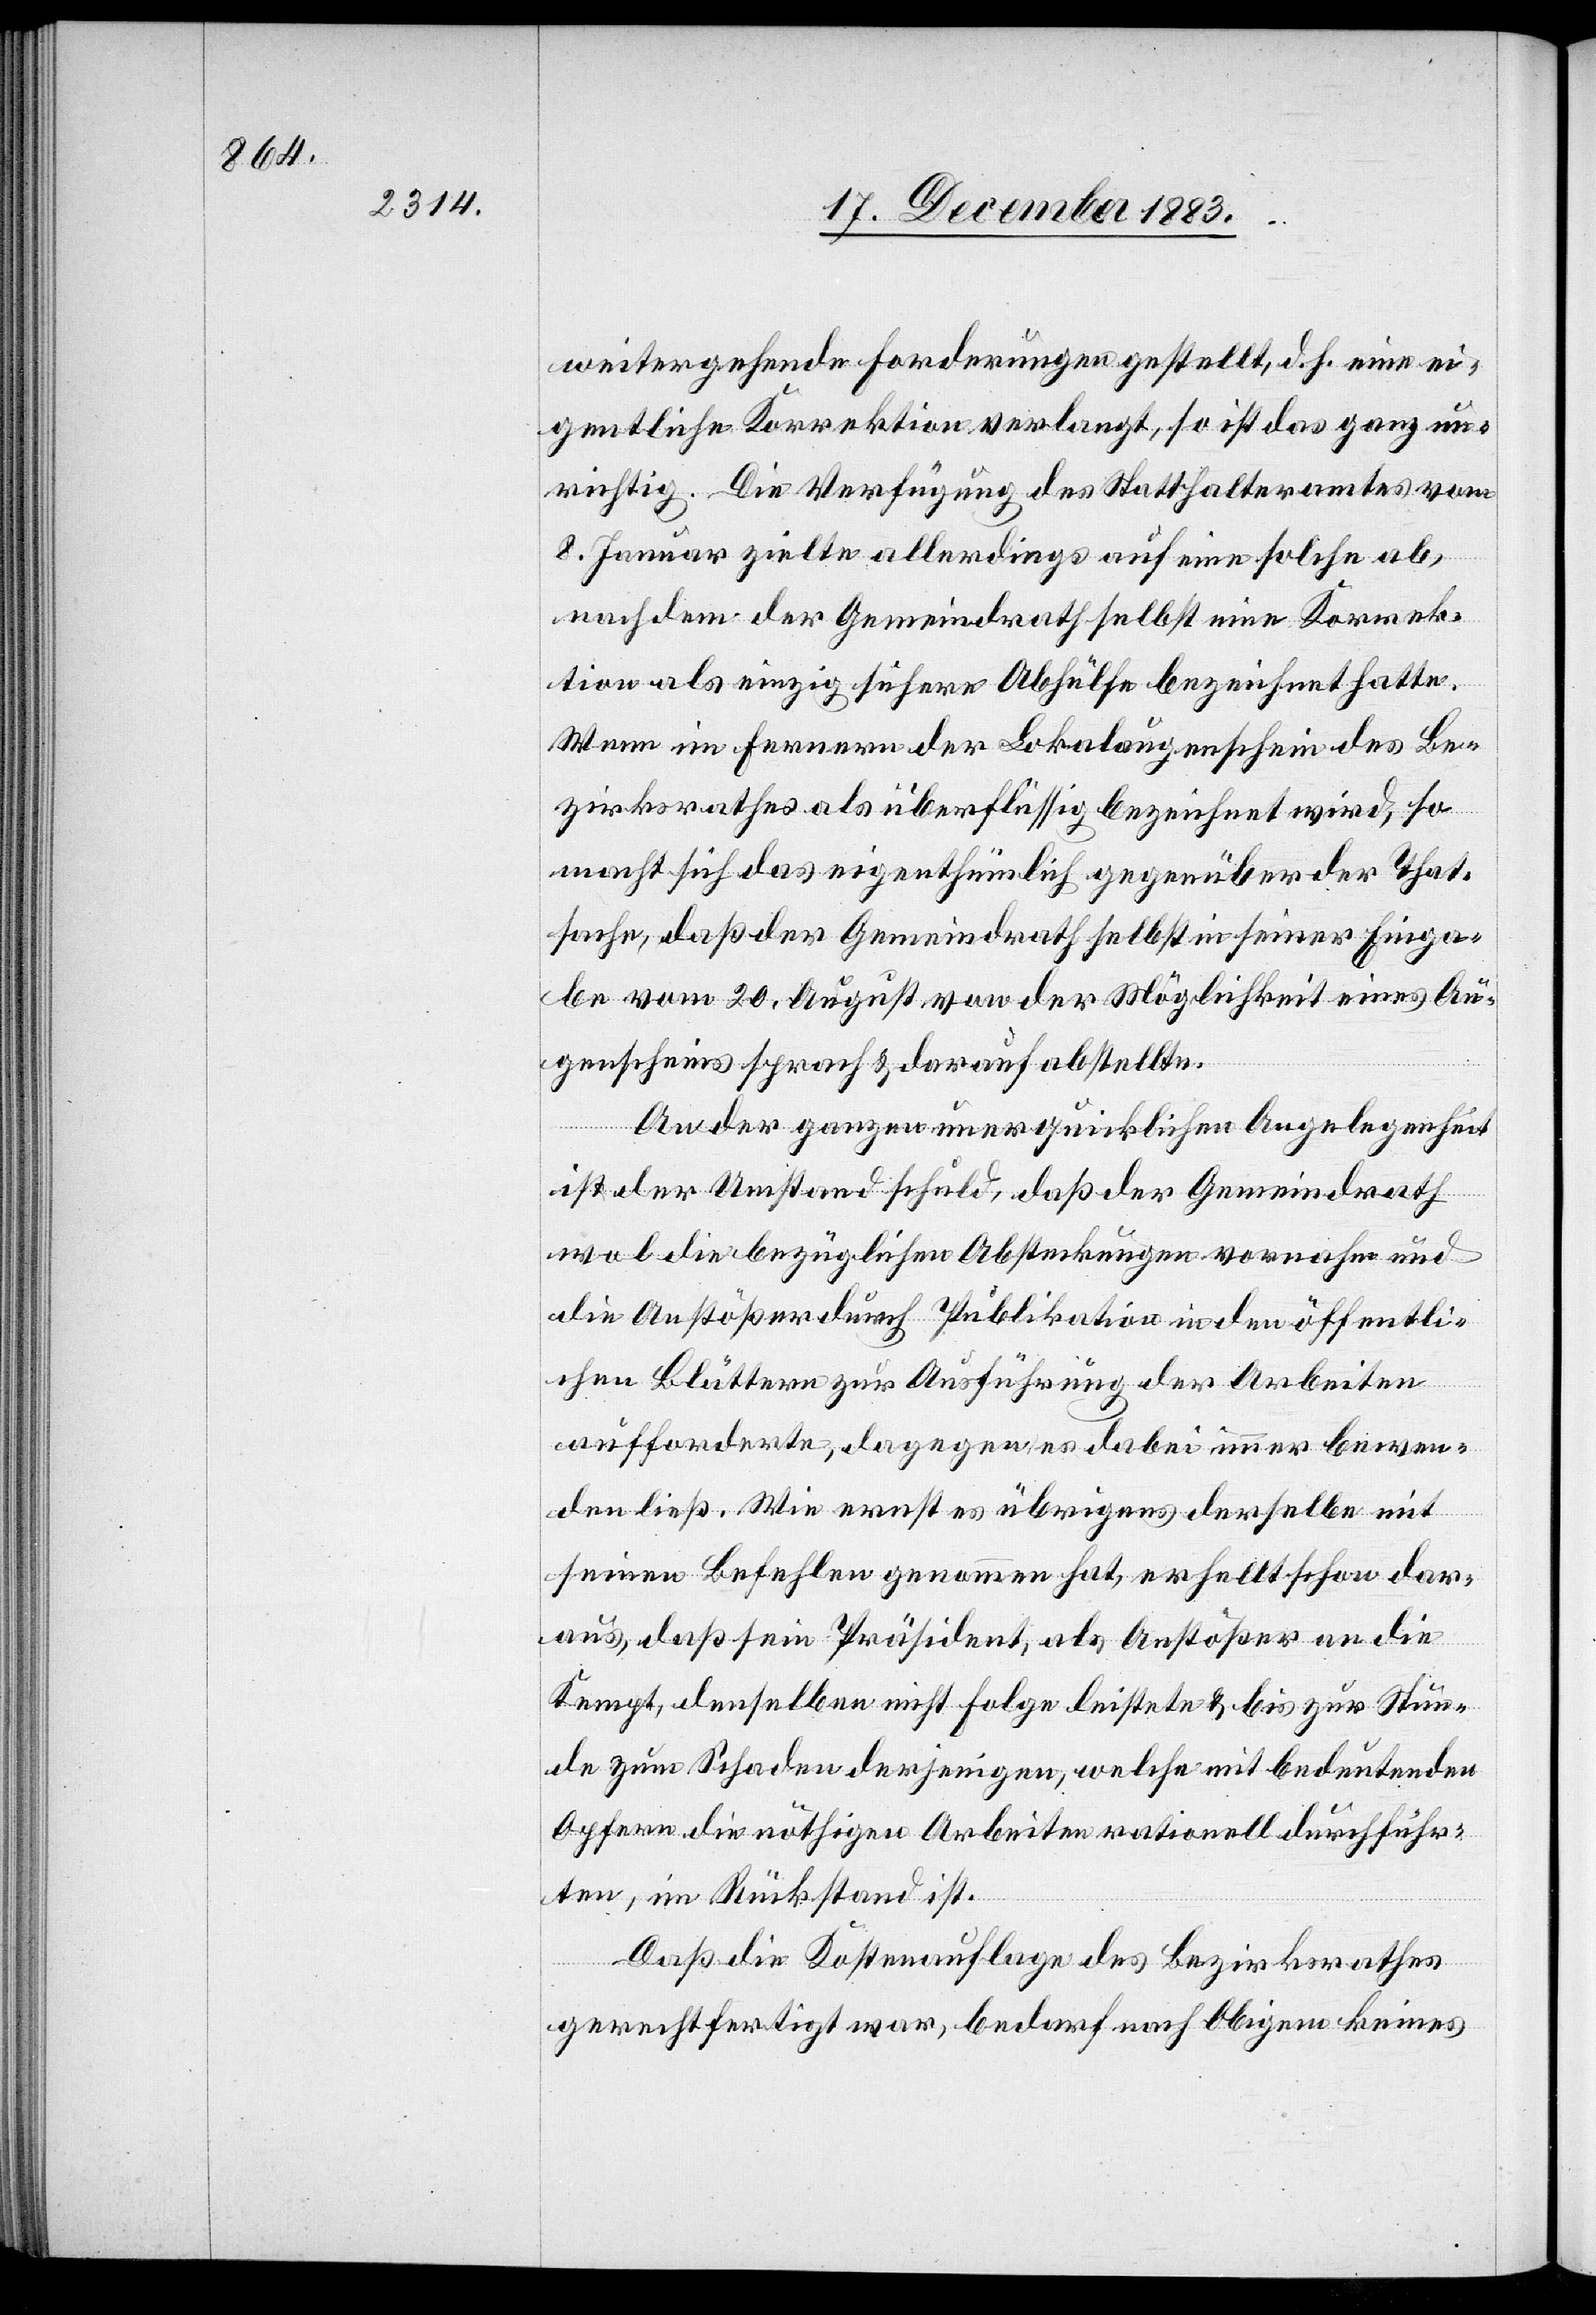
weitergehende Forderungen gestellt, d. h. eine ei¬
gentliche Korrektion verlangt, so ist das ganz un¬
richtig. Die Verfügung des Statthalteramtes vom
8. Januar zielte allerdings auf eine solche ab,
nachdem der Gemeindrath selbst eine Korrek¬
tion als einzig sichere Abhülfe bezeichnet hatte.
Wenn im Fernern der Lokalaugenschein des Be¬
zirksrathes als überflüssig bezeichnet wird, so
macht sich das eigenthümlich gegenüber der That¬
sache, daß der Gemeindrath selbst in seiner Einga¬
be vom 20. August von der Möglichkeit eines Au¬
genscheins sprach & darauf abstellte.
An der ganzen unerquicklichen Angelegenheit
ist der Umstand schuld, daß der Gemeindrath
wol die bezüglichen Absteckungen vornahm und
die Anstößer durch Publikation in den öffentli¬
chen Blättern zur Ausführung der Arbeiten
aufforderte, dagegen es dabei immer bewen¬
den ließ. Wie ernst es übrigens derselbe mit
seinen Befehlen genommen hat, erhellt schon dar¬
aus, daß sein Präsident, als Anstößer an die
Kempt, denselben nicht Folge leistete & bis zur Stun¬
de zum Schaden derjenigen, welche mit bedeutenden
Opfern die nöthigen Arbeiten rationell durchführ¬
ten, im Rückstand ist.
Daß die Kostenauflage des Bezirksrathes
gerechtfertigt war, bedarf nach Obigem keines